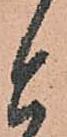
と